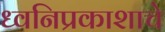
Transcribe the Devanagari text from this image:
ध्वनिप्रकाशाचे